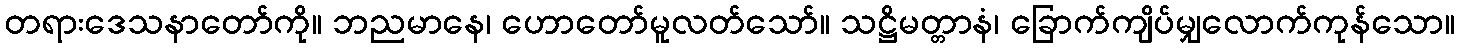
တရားဒေသနာတော်ကို။ ဘညမာနေ၊ ဟောတော်မူလတ်သော်။ သဋ္ဌိမတ္တာနံ၊ ခြောက်ကျိပ်မျှလောက်ကုန်သော။